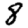
Digit: 8